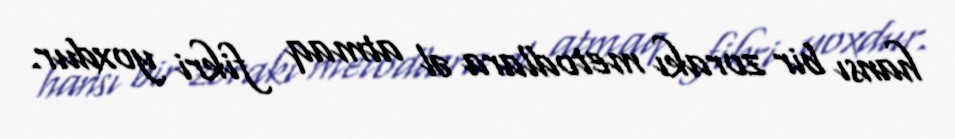
hansı bir zorakı metodlara əl atmaq fikri yoxdur.